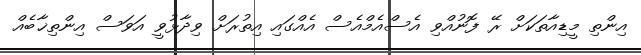
އިންތި މީޑިއާތަކަށް ރޭ ފޮނުއްވި އެސްއެމްއެސް އެއްގައި އިތުރަށް ވިދާޅުވީ އަވަސް އިންތިޚާބެއް